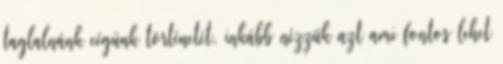
taglalnánk cégünk történetét, inkább nézzük azt ami fontos lehet